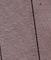
Signature authenticity: genuine